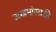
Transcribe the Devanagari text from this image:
जखमांसाठी